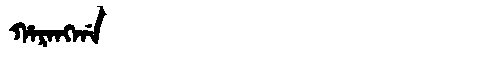
Manchu: ᡥᠠᡵᠠᠩᡤᠠ
Romanization: HARANGGA